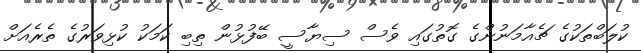
ކުލަބްތަކުގެ ޗެއާމަނުންގެ ގޮތުގައި ވެސް ސިޔާސީ ބޭފުޅުން ތިބި ކަމަކު ކުޅިވަރުގެ ތެރެއަށް